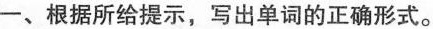
一、根据所给提示，写出单词的正确形式。